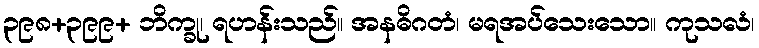
၃၉၈+၃၉၉+ ဘိက္ခု၊ ရဟန်းသည်။ အနဓိဂတံ၊ မရအပ်သေးသော။ ကုသလံ၊